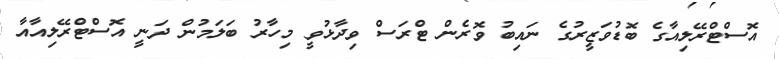
އޮސްޓްރޭލިއާގެ ބޮޑުވަޒީރުގެ ނައިބު ވޮރެން ޓްރަސް ވިދާޅުވީ މިހާރު ބަލަމުން ދަނީ އޮސްޓްރޭލިއާއާ